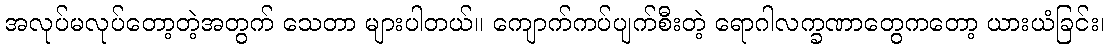
အလုပ်မလုပ်တော့တဲ့အတွက် သေတာ များပါတယ်။ ကျောက်ကပ်ပျက်စီးတဲ့ ရောဂါလက္ခဏာတွေကတော့ ယားယံခြင်း၊